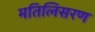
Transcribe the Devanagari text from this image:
मतिलिसरण